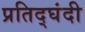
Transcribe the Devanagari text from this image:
प्रतिद्घंदी